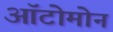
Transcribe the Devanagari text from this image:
ऑटोमोन